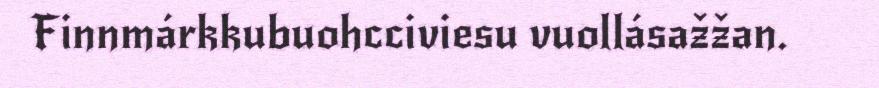
Finnmárkkubuohcciviesu vuollásažžan.